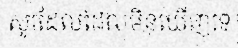
សូវដែលដែលមិនឃើញទេ